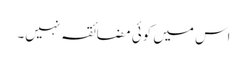
اس میں کوئی مضائقہ نہیں۔